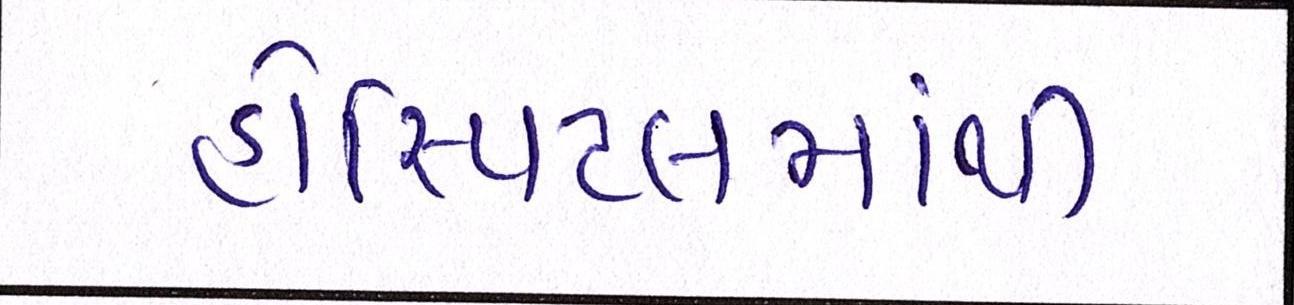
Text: હોસ્પિટલમાંથી